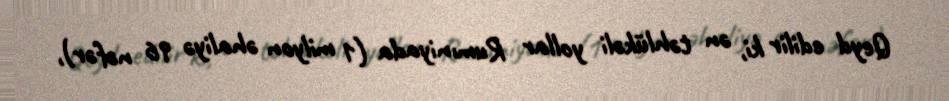
Qeyd edilir ki, ən təhlükəli yollar Rumıniyada (1 milyon əhaliyə 96 nəfər),